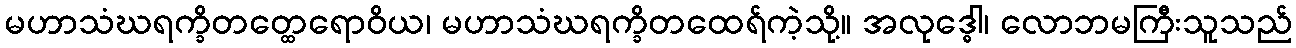
မဟာသံဃရက္ခိတတ္ထေရောဝိယ၊ မဟာသံဃရက္ခိတထေရ်ကဲ့သို့။ အလုဒ္ဓေါ၊ လောဘမကြီးသူသည်